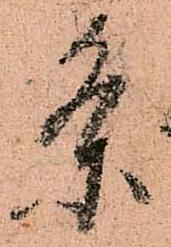
条